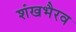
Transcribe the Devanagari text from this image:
शंखभैरव